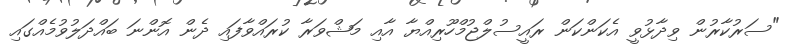
"ސަރުކާރުން ވިދާޅުވީ އެކަންކަން ރައީސުލްޖުމްހޫރިއްޔާ އާއި މަޝްވަރާ ކުރައްވާފައި ދެން އޮންނަ ބައްދަލުވުމެއްގައި